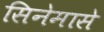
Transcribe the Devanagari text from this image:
सिनेमासे